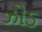
ઝોડ